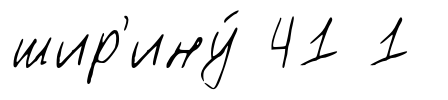
шир'ину́ 41 1